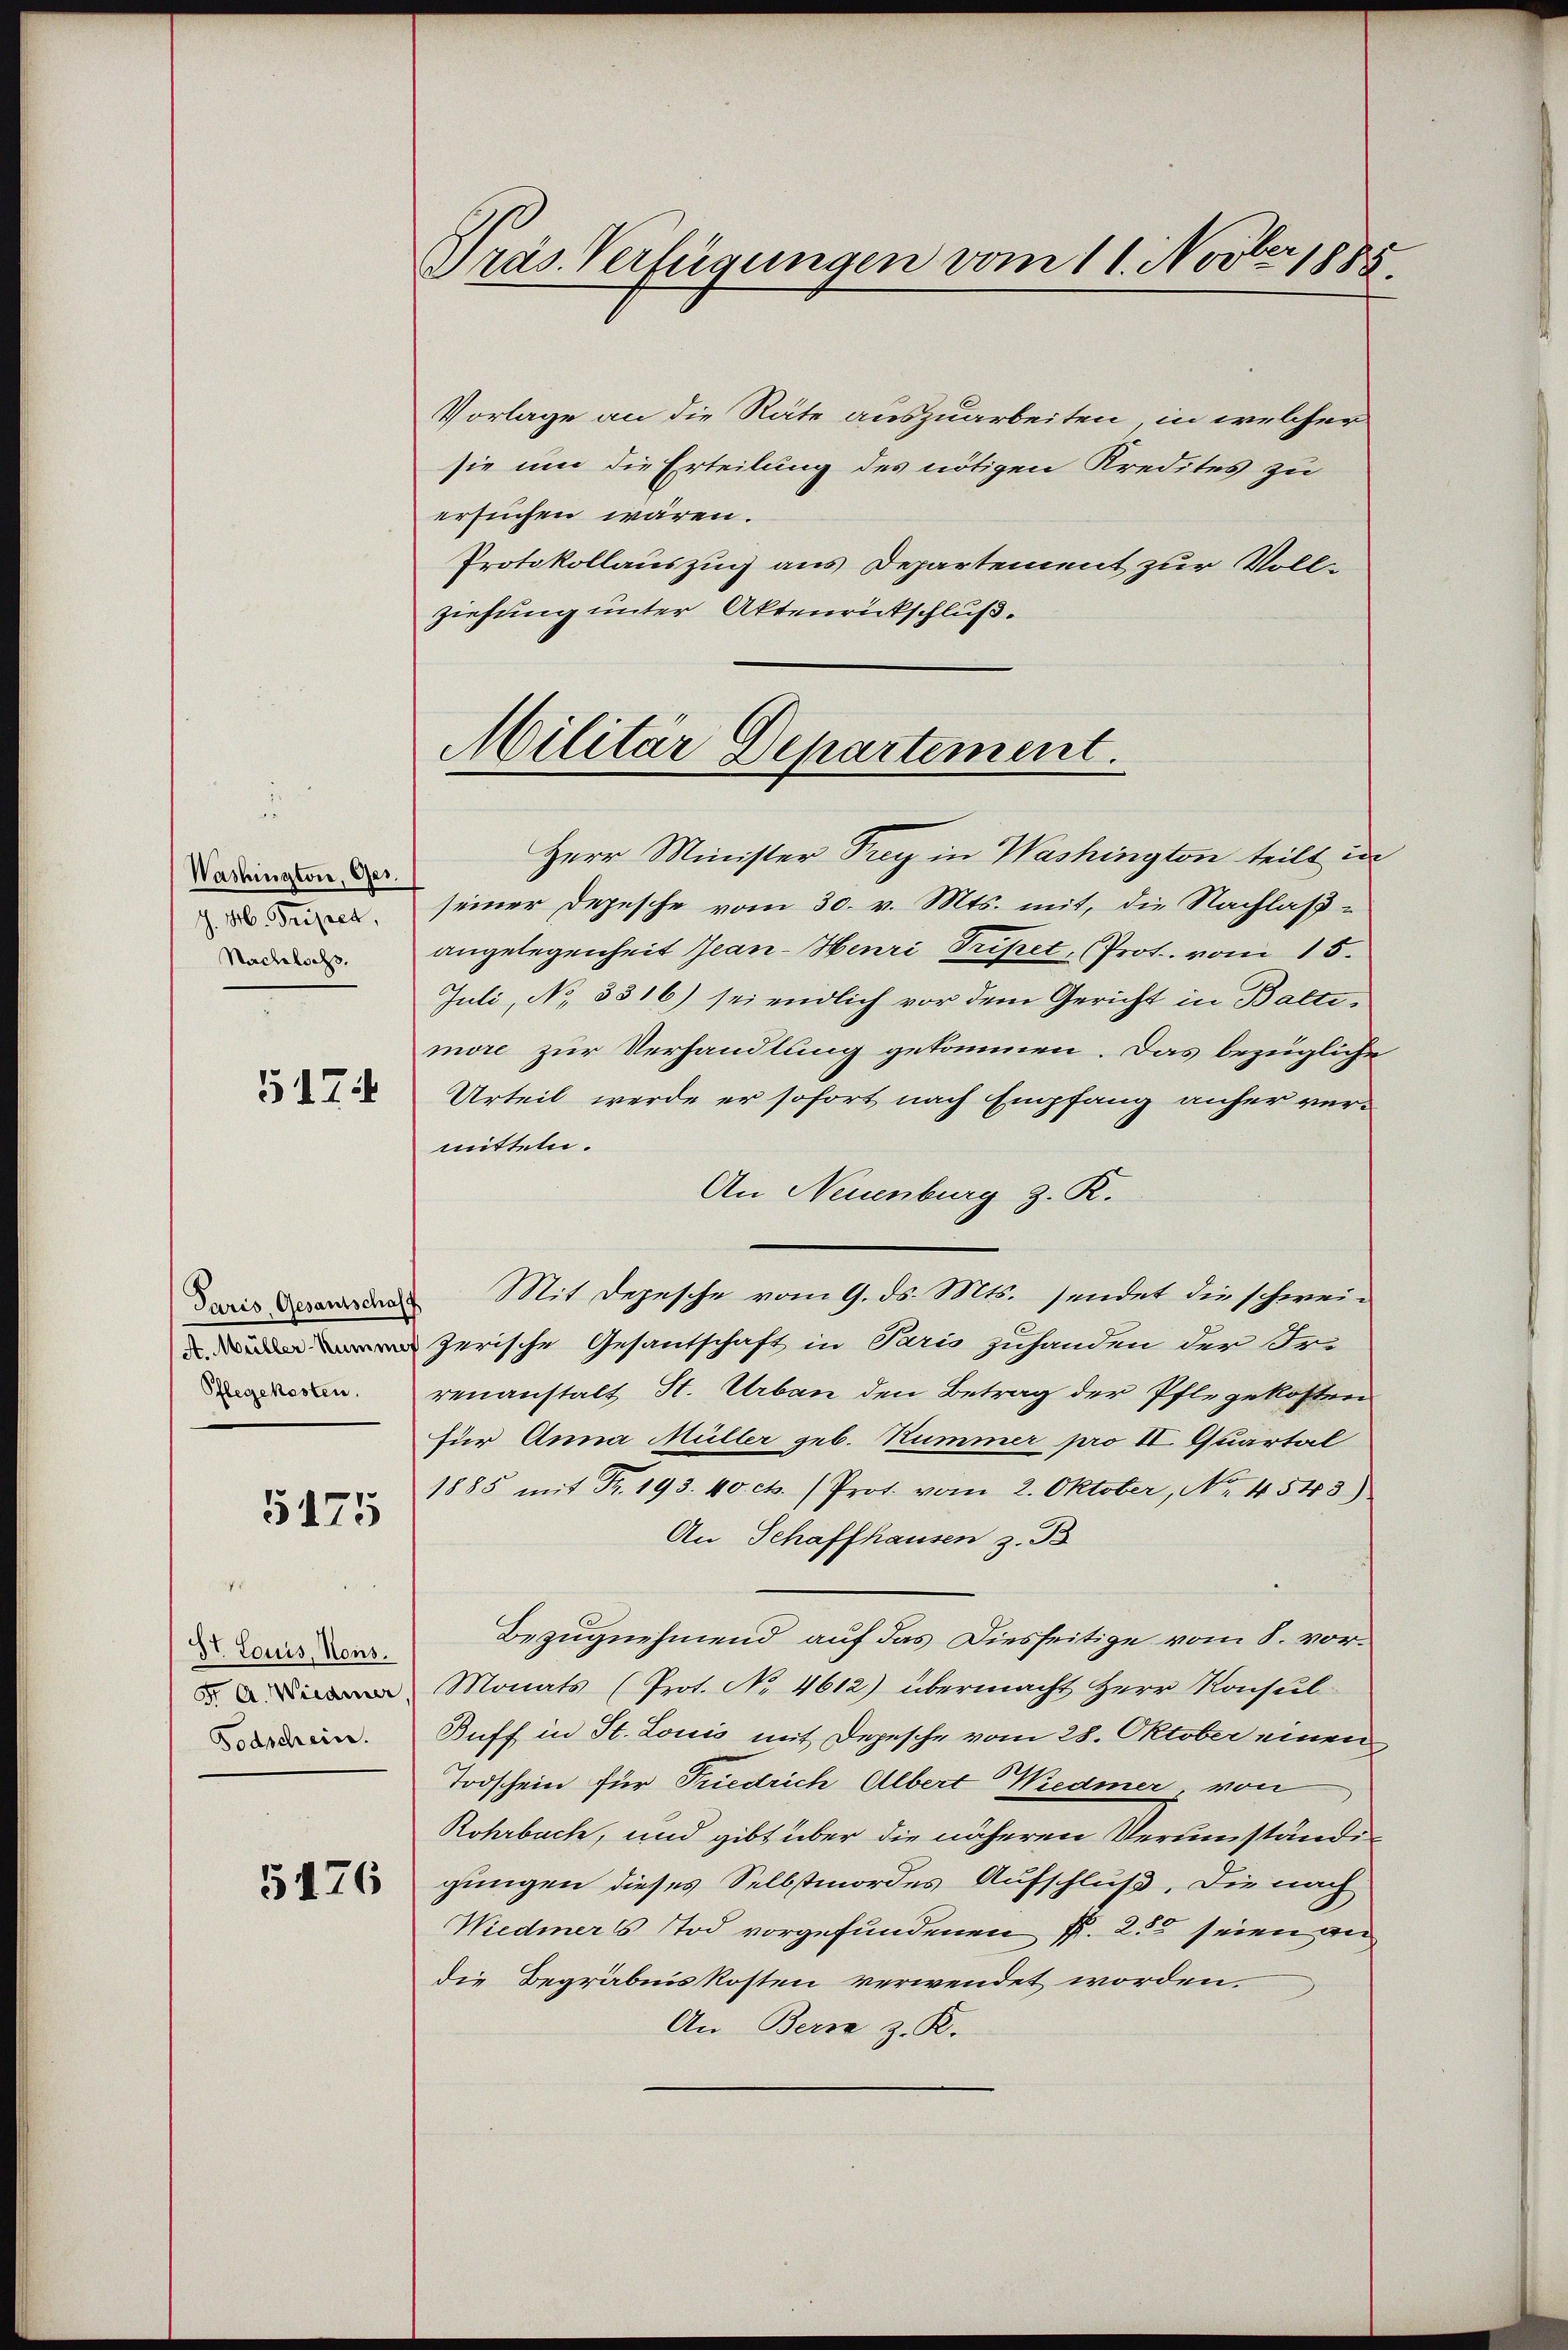
Washington, Ges.
J. M. Tripet,
Nachlichs.
5174

Paris, Gesantschaff
(A. Müller-Nummer
5175

St. Louis, Nons.
Fr A. Wiedmer
Todschein.

5176

Präs. Verfügungen vom 11. Novber 1885

Vorlage an die Räte auszuarbeiten, in welcher
sie um die Erteilung des nötigen Kredites zu
ersuchen wären.
Protokollauszug aus Departement zur Vollziehung unter Aktenrückschluß.

Militär Departement.

Herr Minister Frey in Washington teilt in
seiner Depesche vom 30. v. Mts. mit, die Nachlaßangelegenheit Jean-Henri Tripet, Prot. vom 15.
Juli, No 3816) sei endlich vor dem Gericht in Baltimore zur Verhandlung gekommen. Das bezügliche
Urteil werde er sofort nach Empfang anher ver-
mitteln.
An Neuenburg z. R.
zerische Gesantschaft in Paris zuhanden der Fr.
n. renanstalt St. Urban den Betrag der Pflegekosten
Für Anna Müller geb. Hummer pro II. Quartal
1885 mit Fr. 193. 40 cts. (Prot. vom 2. Oktober, No. 4543)
An Schaffhausen z. B
Bezugnehmend, auf das Diesseitige vom 8. vor¬
Monats (Prot. No. 4612) übermacht Herr Konsul
Buff in St. Louis mit Depesche vom 28. Oktober einen
Todschein für Friedrich Albert Wiedmer, von
Rohrbuch, und gibt über die näheren Verumständigungen dieses Selbstmordes Aufschluß. Die nach
Wiedmers Tod vorgefundenen P. 255 seien an
die Begräbniskosten verwendet worden.
An Bern z. R.

Mit Depesche vom 9. ds. Mts. sendet die schwei¬